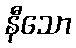
နီသော